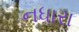
નધારા